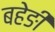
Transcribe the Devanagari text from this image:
बहेङी